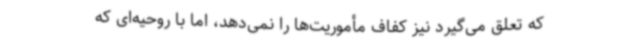
که تعلق می‌گیرد نیز کفاف مأموریت‌ها را نمی‌دهد، اما با روحیه‌ای که